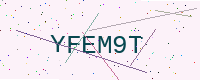
Text: YFEM9T